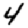
Digit: 4